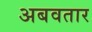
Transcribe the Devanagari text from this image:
अबवतार